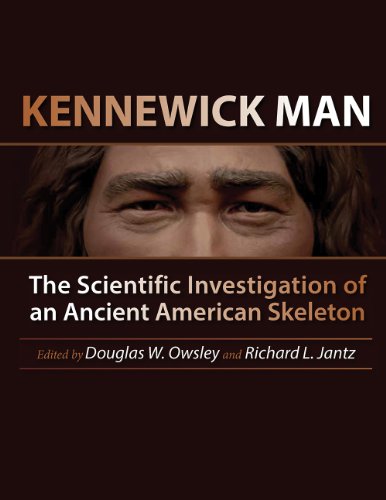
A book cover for Kennewick Man: The Scientific Investigation of an Ancient American Skeleton (Peopling of the Americas Publications); Science & Math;